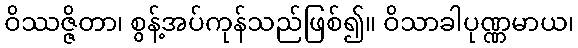
ဝိဿဇ္ဇိတာ၊ စွန့်အပ်ကုန်သည်ဖြစ်၍။ ဝိသာခါပုဏ္ဏမာယ၊